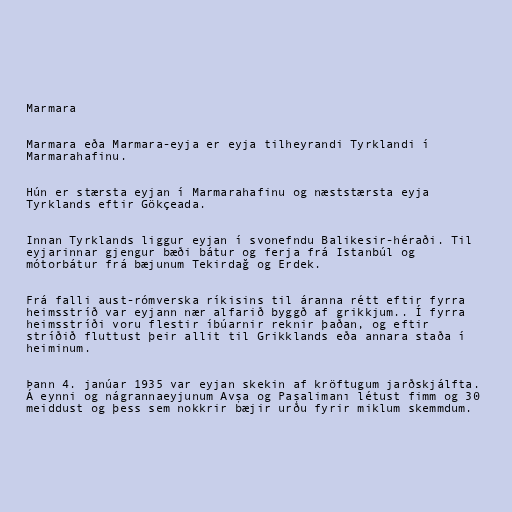
Marmara

Marmara eða Marmara-eyja er eyja tilheyrandi Tyrklandi í
Marmarahafinu.

Hún er stærsta eyjan í Marmarahafinu og næststærsta eyja
Tyrklands eftir Gökçeada.

Innan Tyrklands liggur eyjan í svonefndu Balikesir-héraði. Til
eyjarinnar gjengur bæði bátur og ferja frá Istanbúl og
mótorbátur frá bæjunum Tekirdağ og Erdek.

Frá falli aust-rómverska ríkisins til áranna rétt eftir fyrra
heimsstríð var eyjann nær alfarið byggð af grikkjum.. Í fyrra
heimsstríði voru flestir íbúarnir reknir þaðan, og eftir
stríðið fluttust þeir allit til Grikklands eða annara staða í
heiminum.

Þann 4. janúar 1935 var eyjan skekin af kröftugum jarðskjálfta.
Á eynni og nágrannaeyjunum Avşa og Paşalimanı létust fimm og 30
meiddust og þess sem nokkrir bæjir urðu fyrir miklum skemmdum.